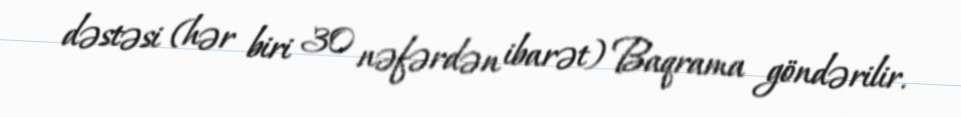
dəstəsi (hər biri 30 nəfərdən ibarət) Baqrama göndərilir.